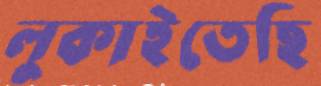
লুকাইতেছি